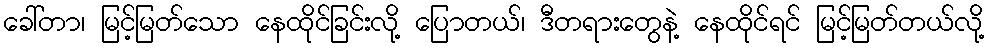
ခေါ်တာ၊ မြင့်မြတ်သော နေထိုင်ခြင်းလို့ ပြောတယ်၊ ဒီတရားတွေနဲ့ နေထိုင်ရင် မြင့်မြတ်တယ်လို့